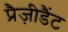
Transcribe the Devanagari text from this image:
प्रैज़ीडैंट